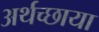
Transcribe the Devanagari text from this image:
अर्थच्छाया